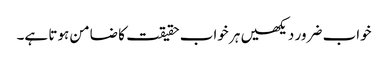
خواب ضرور دیکھیں ہر خواب حقیقت کا ضامن ہوتا ہے۔